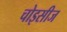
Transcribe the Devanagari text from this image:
चोइसीज